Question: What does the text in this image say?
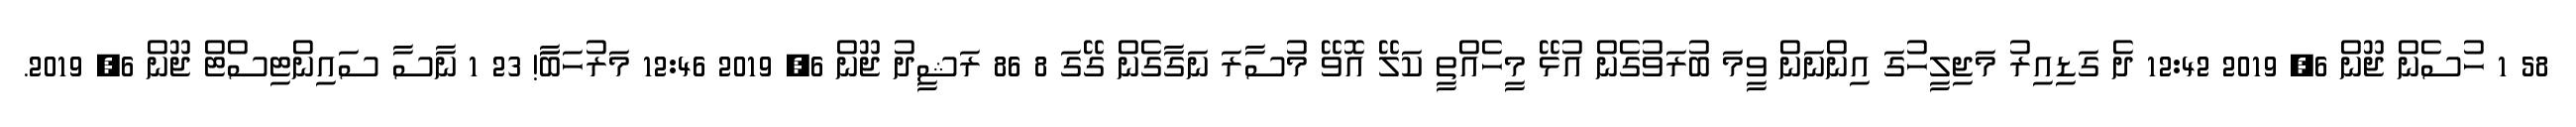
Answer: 58 1 ހުސެން ޖޫން 6, 2019 12:42 ދެ ގަޑިއިރު މަޖިލީހުގަ އިންނަން ވީމަ ބުރަވުގެން އުޅޭ މީހެއްތީ ކަލޭ އޮވޭ މުސާރަ ނަގާގެން ގޭގަ 8 86 ރަޝީދު ޖޫން 6, 2019 12:46 މަރުހަބާަ! 23 1 ނާސާ ސައިންޓިސްޓް ޖޫން 6, 2019.